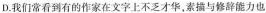
D.我们常看到有的作家在文字上不乏才华，素描与修辞能力也